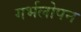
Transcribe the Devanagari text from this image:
गर्भलोपन